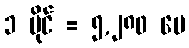
၁ မိုင် = ၅,၂၈၀ ပေ